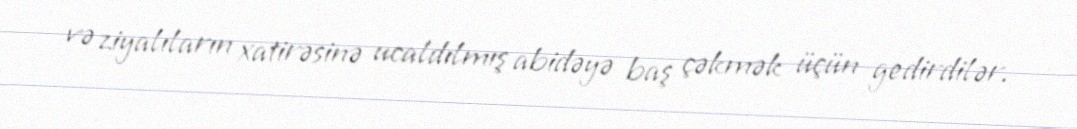
və ziyalıların xatirəsinə ucaldılmış abidəyə baş çəkmək üçün gedirdilər.